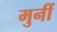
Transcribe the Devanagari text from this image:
मुनीं